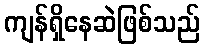
ကျန်ရှိနေဆဲဖြစ်သည်